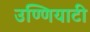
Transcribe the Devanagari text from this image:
उण्णियाटी